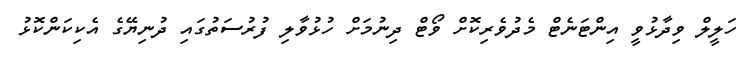
ހަލީލް ވިދާޅުވީ އިންޓަނެޓް މެދުވެރިކޮށް ވޯޓް ދިނުމަށް ހުޅުވާލި ފުރުސަތުގައި ދުނިޔޭގެ އެކިކަންކޮޅު